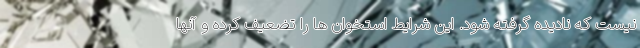
نیست که نادیده گرفته شود. این شرایط استخوان ها را تضعیف کرده و آنها